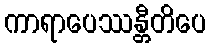
ကာရာပေဿန္တီတိပေ